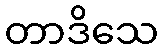
တာဒိသေ